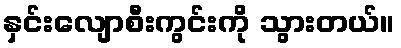
နှင်းလျောစီးကွင်းကို သွားတယ်။